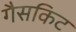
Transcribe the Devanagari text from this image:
गैसकिट